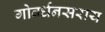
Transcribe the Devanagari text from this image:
गोवर्धनसराय